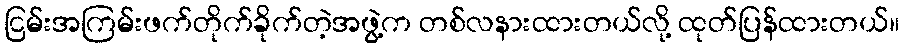
ငြမ်းအကြမ်းဖက်တိုက်ခိုက်တဲ့အဖွဲ့က တစ်လနားထားတယ်လို့ ထုတ်ပြန်ထားတယ်။